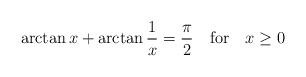
LaTeX: \begin{align*}\arctan{x} + \arctan \frac{1}{x} = \frac{\pi}{2}~~~{\rm for}~~~x \ge 0\end{align*}